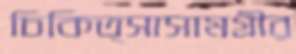
চিকিত্সাসামগ্রীর